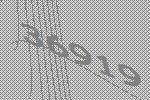
36919